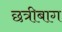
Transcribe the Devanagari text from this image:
छत्रीबाग